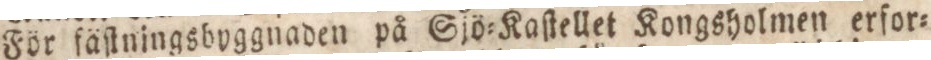
För fäſtningsbuggnaden på Sjö=Kaſtellet Kongsholmen erfor=